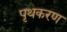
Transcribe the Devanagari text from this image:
पृथकरण